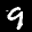
Label: 9